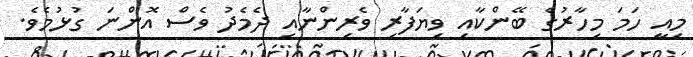
މިއީ ހަމަ މިހާރުގެ ބޭންކާއި ވިޔަފާރި ވެރިންނާއި ދެމެދު ވެސް އޮންނަ ގުޅުމެވެ.